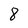
Character: 8